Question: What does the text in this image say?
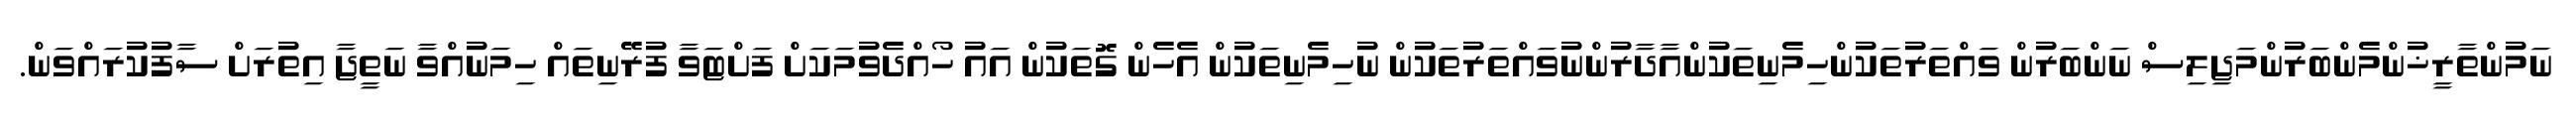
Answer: ނަމުންތާރީޚުންމެންބަރުންމަޖިލިސް ނަންބަރުން ވައްތަރުތަކުންހިމެނިތަކުންއާދާރުންނުވައްތަރުތަކުން ނުހިމެނިތަކުން އެހެން ގޮތަކުން އައު ހޯއްދެވުމަކަށް ފަށްޓަވާ ފުރޭނިތައް ހިމަނުއްވާ ނަތީޖާ އިތުރަށް ސާފުކުރައްވަން.